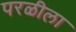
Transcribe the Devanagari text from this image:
परळीला